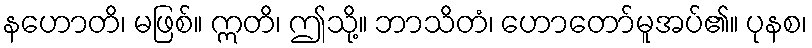
နဟောတိ၊ မဖြစ်။ ဣတိ၊ ဤသို့။ ဘာသိတံ၊ ဟောတော်မူအပ်၏။ ပုနစ၊